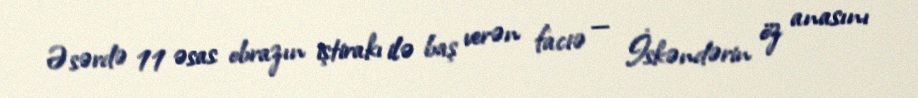
Əsərdə 11 əsas obrazın iştirakı ilə baş verən faciə — İskəndərin öz anasını